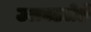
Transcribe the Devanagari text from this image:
उलघडलेले